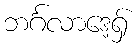
ဘင်္ဂလာဒေ့ရှ်